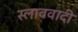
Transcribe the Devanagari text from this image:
स्लाववादी